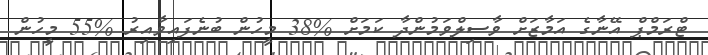
ޓްރަމްޕް އޭނާގެ އަމާޒަށް ވާސިލްވަމުންދާ ކަމަށް %38 މީހުން ބުނެފައިވާއިރު %55 މީހުން